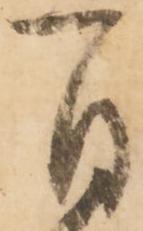
自